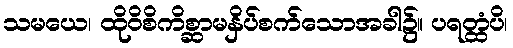
သမယေ၊ ထိုဝိစိကိစ္ဆာမနှိပ်စက်သောအခါ၌။ ပရတ္ထံပိ၊